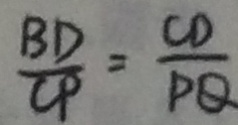
\frac { B D } { C P } = \frac { C D } { P Q }